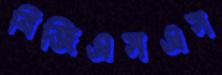
বিজিএসএস